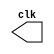
module clock(output reg clk = 0);

    always begin
        #25 //clock frequency.
        clk = ~clk;
    end

endmodule